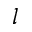
l